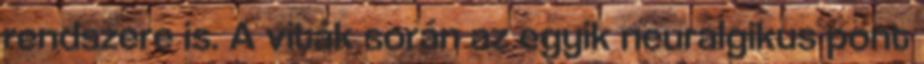
rendszere is. A viták során az egyik neuralgikus pont